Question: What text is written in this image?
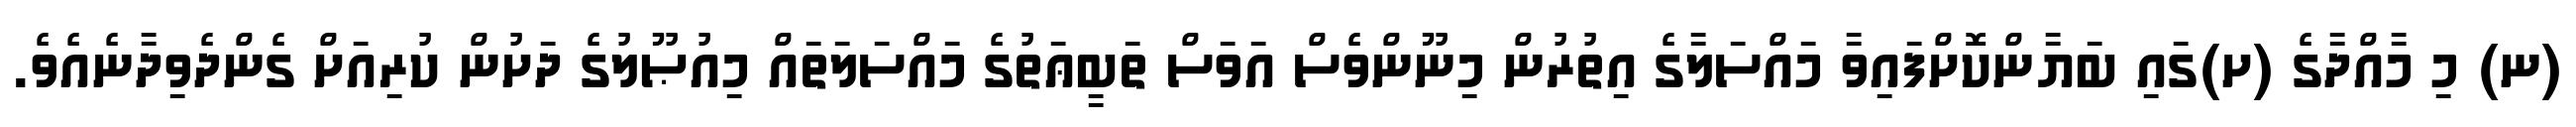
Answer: (ނ) މި މާއްދާގެ (ށ)ގައި ބަޔާންކޮށްފައިވާ މައްސަލާގެ އިތުރުން މިނޫންވެސް އަވަސް ތަބީޢަތުގެ މައްސަލަތައް މިއުޞޫލުގެ ދަށުން ކުރިއަށް ގެންދެވިދާނެއެވެ.